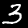
Label: 3